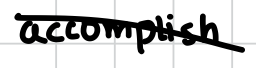
Text: accomplish
Cross-out: diagonal
Writing tool: digital_black